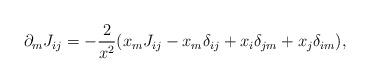
LaTeX: \begin{align*}\partial_m J_{ij} = - \frac{2}{x^2} ( x_m J_{ij} - x_m \delta_{ij}+ x_i \delta_{jm} + x_j \delta_{im} ),\end{align*}